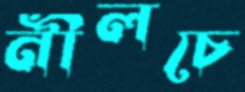
নীলচে